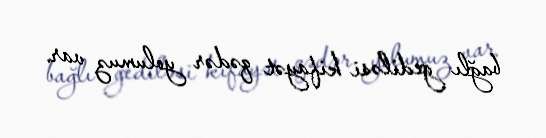
bağlı gediləsi kifayət qədər yolumuz var.